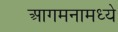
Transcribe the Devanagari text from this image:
आगमनामध्ये